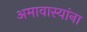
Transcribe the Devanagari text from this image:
अमावास्यांना